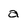
Character: a